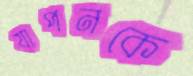
যাপনকে